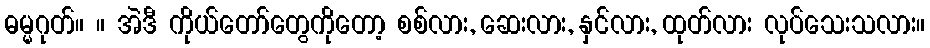
ဓမ္မဂုတ်။ ။ အဲဒီ ကိုယ်တော်တွေကိုတော့ စစ်လား, ဆေးလား, နှင်လား, ထုတ်လား လုပ်သေးသလား။